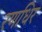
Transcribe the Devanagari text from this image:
रणधिर